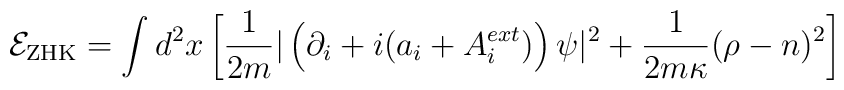
{\cal E}_{\rm ZHK}=\int d^2x\left[\frac{1}{2m}|\left(\partial_i+i(a_i+A_i^{ext})\right)\psi|^2 +{1\over 2m\kappa}(\rho-n)^2\right]